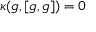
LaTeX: \kappa ( { \mathfrak { g } } , [ { \mathfrak { g } } , { \mathfrak { g } } ] ) = 0